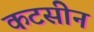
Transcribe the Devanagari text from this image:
कटसीन